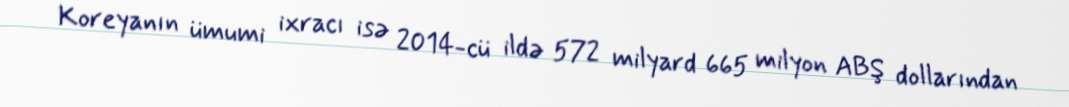
Koreyanın ümumi ixracı isə 2014-cü ildə 572 milyard 665 milyon ABŞ dollarından